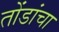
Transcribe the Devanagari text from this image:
तोंडांचा